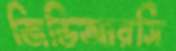
জিডিআরসি